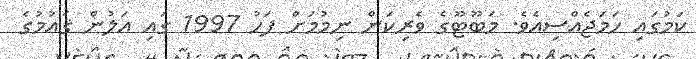
ކަމުގައި ހަމަޖެއްސިއެވެ. މަބޫޓޫގެ ވެރިކަން ނިމުމަށް ފަހު 1997 ގައި އަލުން ޤައުމުގެ